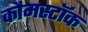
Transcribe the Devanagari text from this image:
कौमस्टॉक